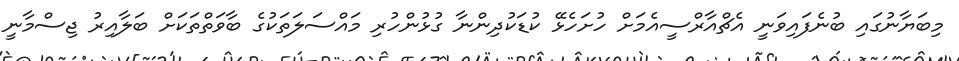
މިބަޔާނުގައި ބުނެފައިވަނީ އެޗްއާރްސީއެމަށް ހުށަހެޅޭ ކުޑަކުދިންނާ ގުޅުންހުރި މައްސަލަތަކުގެ ބާވަތްތަކަށް ބަލާއިރު ޖިސްމާނީ